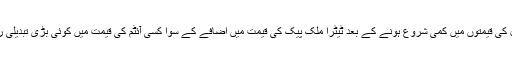
گذشتہ سال ستمبر میں تیل کی قیمتوں میں کمی شروع ہونے کے بعد ٹیٹرا ملک پیک کی قیمت میں اضافے کے سوا کسی آئٹم کی قیمت میں کوئی بڑی تبدیلی ریکارڈ نہیں کی گئی ہے ۔